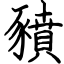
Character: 豶